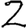
Digit: 2